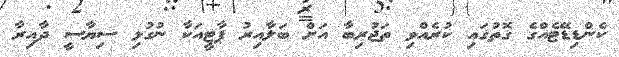
ކެންޑިޑޭޓެއްގެ ގޮތުގައި ކުރެއްވި ތަޖުރިބާ އަށް ބަލާއިރު ޕާޓީއަކާ ނުގުޅި ސިޔާސީ ދާއިރާ